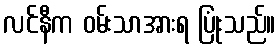
လင်နီက ဝမ်းသာအားရ ပြုံးသည်။